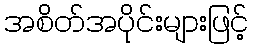
အစိတ်အပိုင်းများဖြင့်